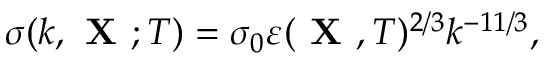
\sigma ( k , { \textbf { X } } ; T ) = \sigma _ { 0 } \varepsilon ( { \textbf { X } } , T ) ^ { 2 / 3 } k ^ { - 1 1 / 3 } ,